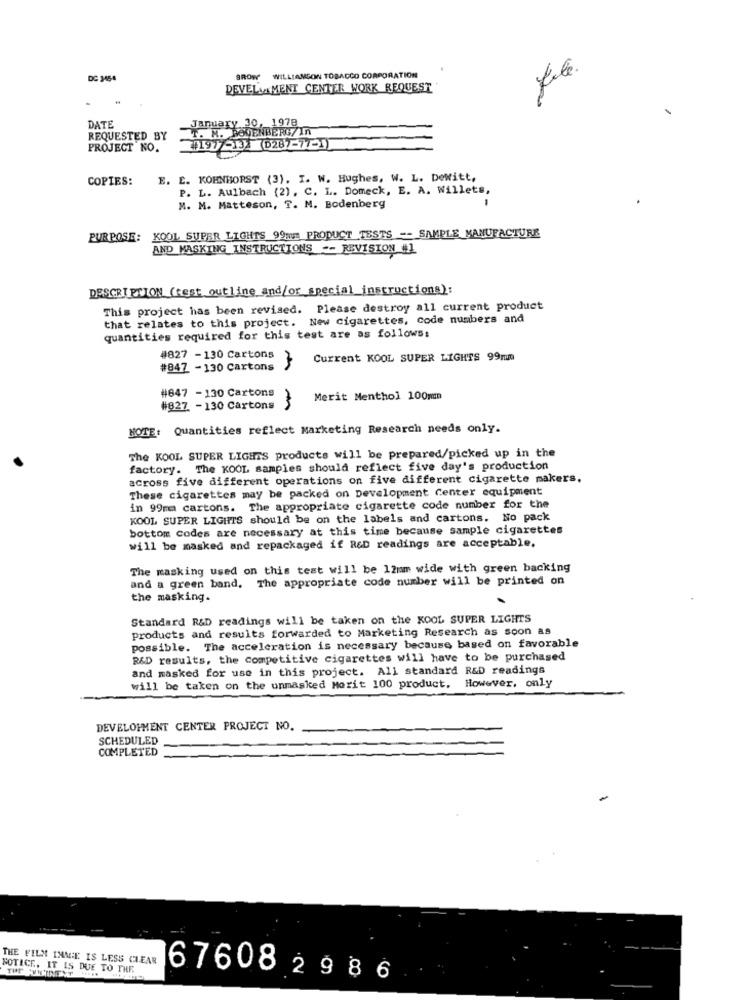
DC 3454
BROW WILLIAMSON TOBACCO CORPORATION
DEVEL&AMENT CENTER WORK REQUEST
January 30, 1978
DATE
W. M. ROUENBERG In
REQUESTED BY
PROJECT NO.
44197 -132 (D287-77-1)
COPIES: E. E. KOHNHORST (3). I. W. Hughes, W. L. Dewitt,
P. L. Aulbach (2), C. L. Domeck, E. A. Willets,
-
M. M. Matteson, T. M. Bodenberg
PURPOSE: KOOL SUPER LIGHTS 99mm PRODUCT TESTS -- SAMPLE MANUFACTURE
AND MASKING INSTRUCTIONS -- REVISION #1
DESCRIPTION (test outline and/or special instructions):
This project has been revised. Please destroy all current product
that relates to this project. New cigarettes, code numbers and
quantities required for this test are as follows:
#827 - 130 Cartons }
Current KOOL SUPER LIGHTS 99mm
#847 - 130 Cartons
#647 - 130 Cartons
Merit Menthol 100mm
#827 - 130 Cartons
3
HOTE: Quantities reflect Marketing Research needs only.
The KOOL SUPER LIGHTS products will be prepared/picked up in the
factory. The KOOL samples should reflect five day's production
across five different operations on five different cigarette makers.
These cigarettes may be packed on Development Center equipment
in 99mma cartons. The appropriate cigarette code number for the
KOOL SUPER LIGHTS should be on the labels and cartons. No pack
bottom codes are necessary at this time because sample cigarettes
will be masked and repackaged if R&D readings are acceptable.
The masking used on this test will be 12mm wide with green backing
and a green band. The appropriate code number will be printed on
the masking.
Standard R&D readings will be taken on the KOOL SUPER LIGHTS
products and results forwarded to Marketing Research as soon as
possible. The acceleration is necessary because based on favorable
R&D results, the competitive cigarettes will have to be purchased
and masked for use in this project. All standard R&D readings
will be taken on the unmasked Morit 100 product. However, only
DEVELOPMENT CENTER PROJECT NO.
SCHEDULED
COMPLETED
-
THE FILM INMIE IS LESS CLEAR
NOTICE. IT IS DUE TO THE
676082986